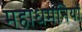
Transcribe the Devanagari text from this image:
महाधमनियों